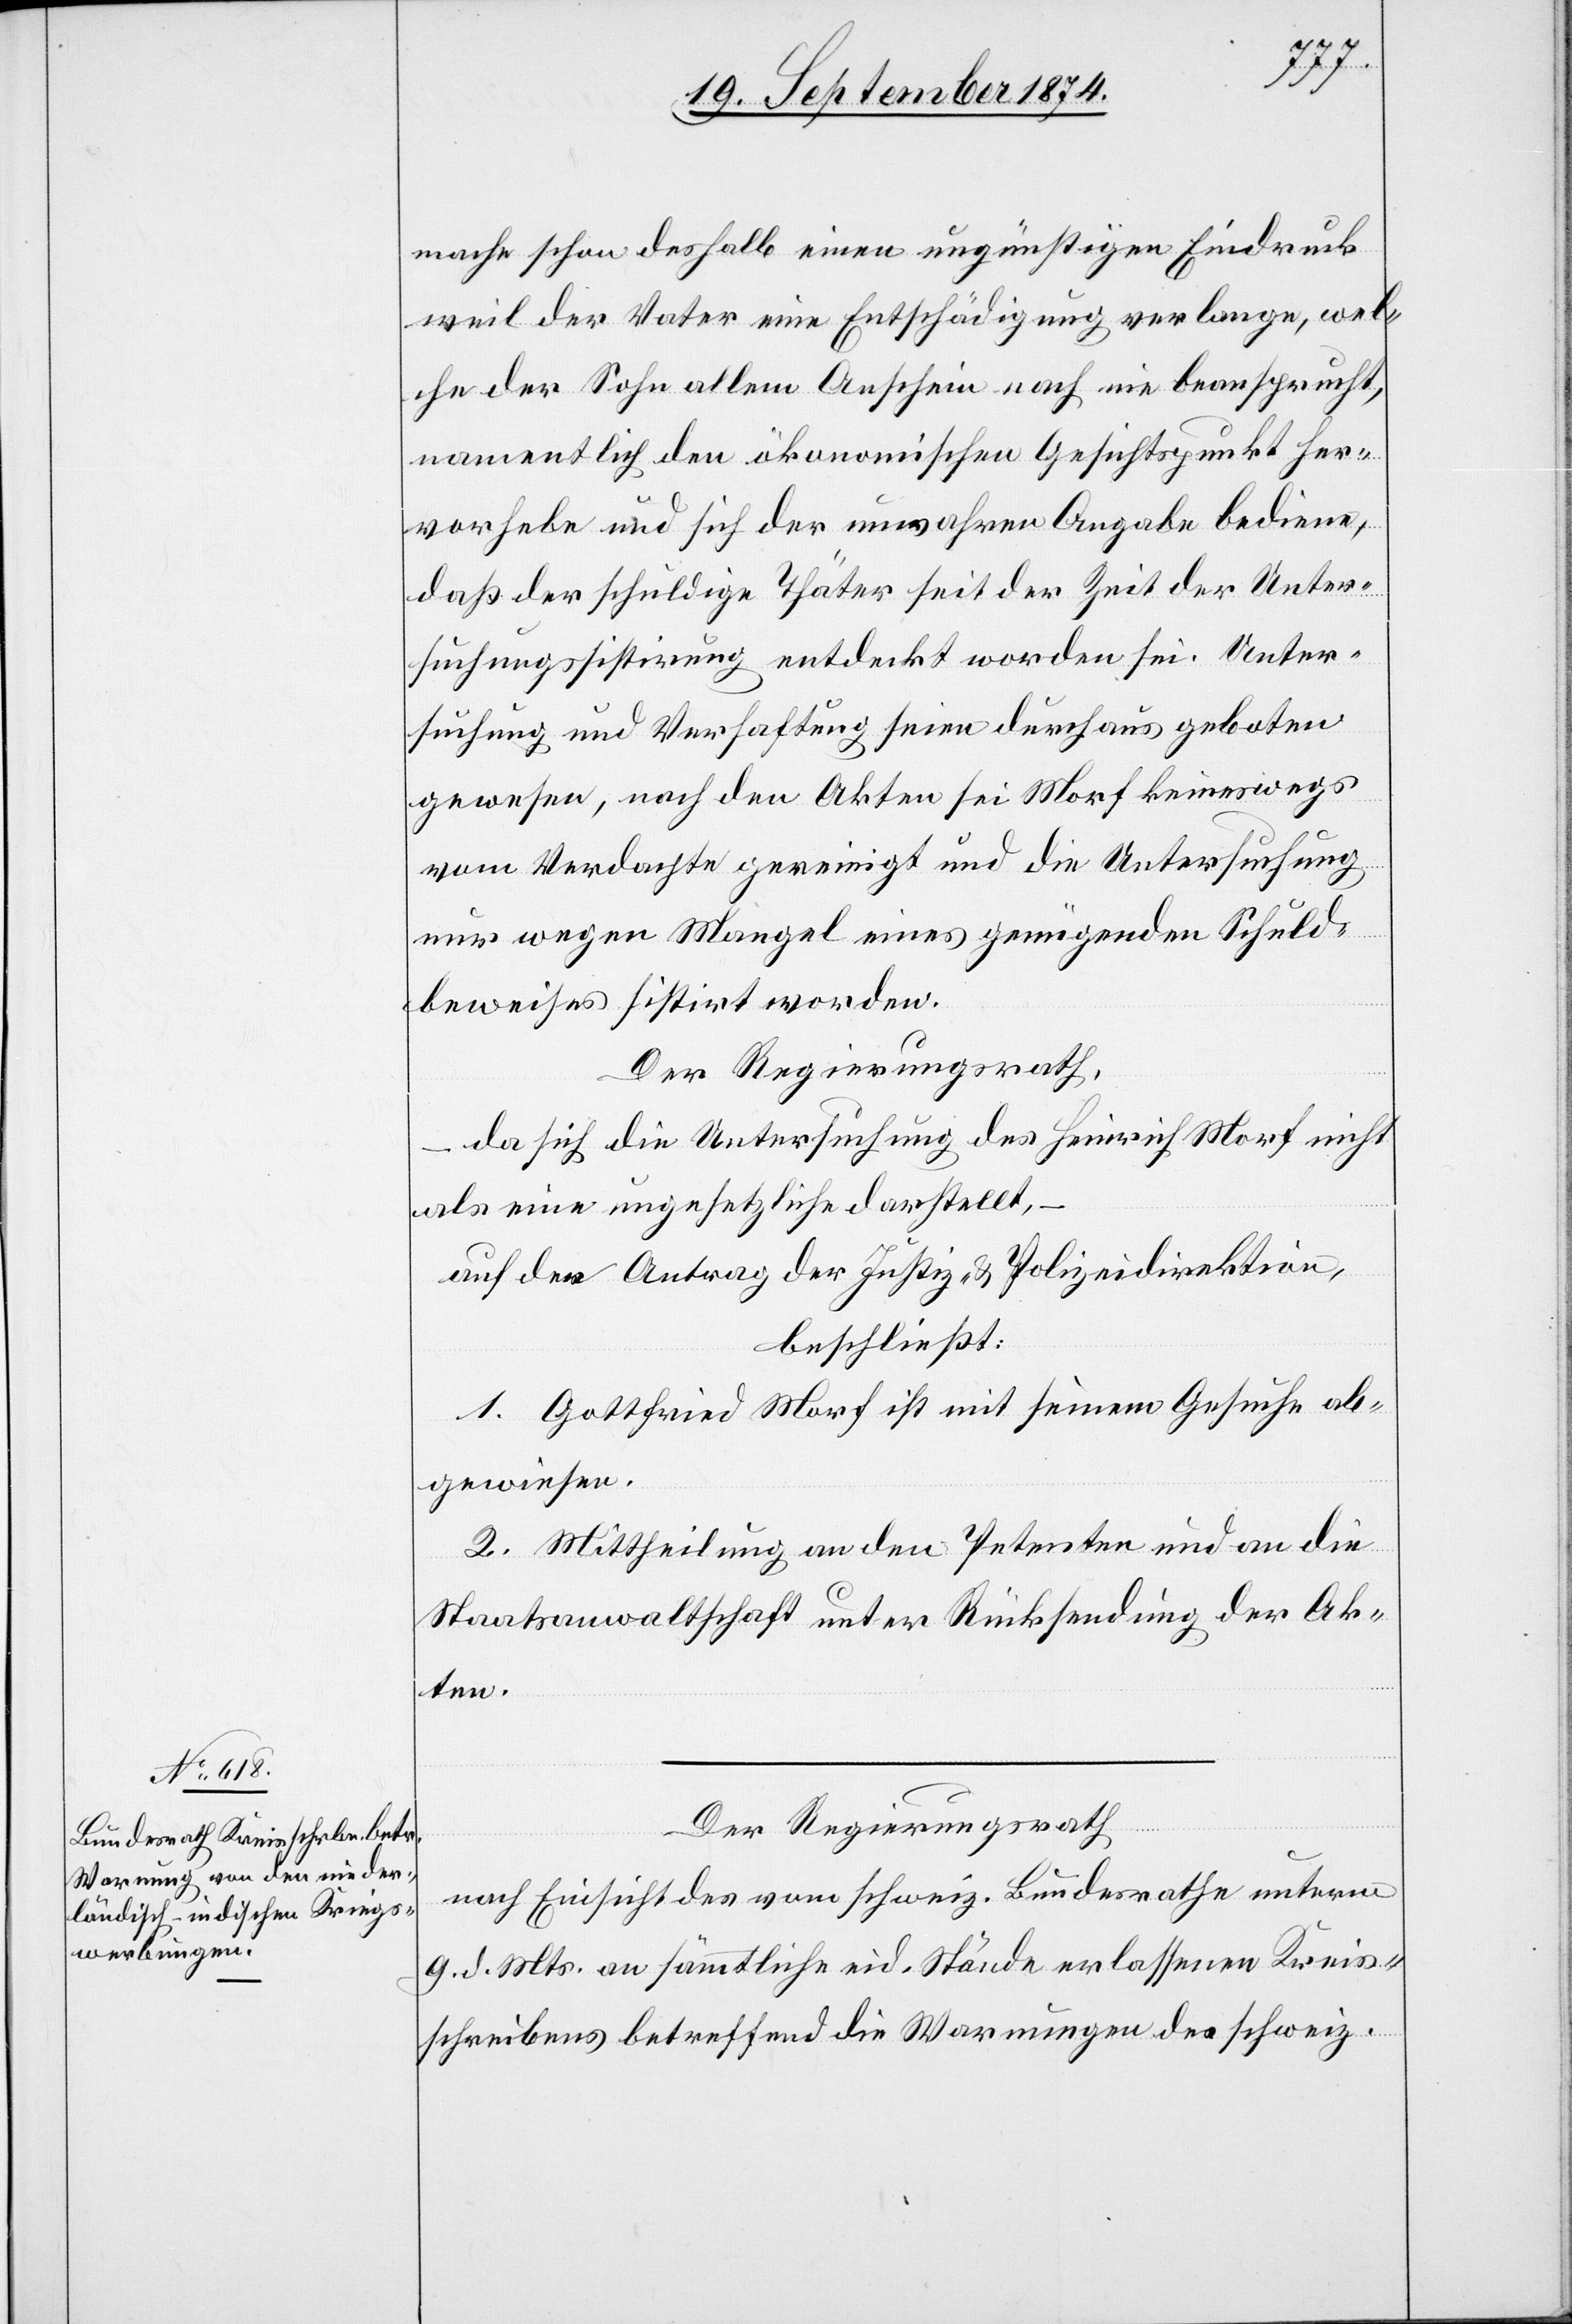
mache schon deshalb einen ungünstigen Eindruck
weil der Vater eine Entschädigung verlange, wel¬
che der Sohn allem Anschein nach nie beansprucht,
namentlich den ökonomischen Gesichtspunkt her¬
vorgebe und sich der unwahren Angabe bediene,
daß der schuldige Thäter seit der Zeit der Unter¬
suchungssistirung entdeckt worden sei. Unter¬
suchung und Verhaftung seine durchaus geboten
gewesen, nach den Akten sei Morf keineswegs
vom Verdachte gereinigt und die Untersuchung
nur wegen Mangel eines genügenden Schuld¬
beweises sistirt worden.
Der Regierungsrath,
da sich die Untersuchung des Heinrich Morf nicht
als eine ungesetzliche darstellt,
auf den Antrag der Justiz- & Polizeidirektion,
beschließt:
1. Gottfried Morf ist mit seinem Gesuche ab¬
gewiesen.
2. Mittheilung an den Petenten und an die
Staatsanwaltschaft unter Rücksendung der Ak¬
ten.
Der Regierungsrath
nach Einsicht des vom schweiz. Bundesrathe unterm
9. d. Mts. an sämmtliche eid. Stände erlassenen Kreis¬
schreibens betreffend die Warnungen der schweiz.